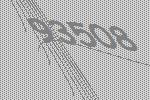
93508